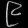
Digit: ၉